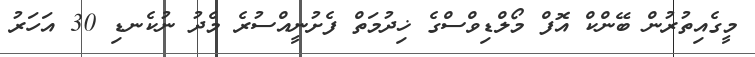
މީގެއިތުރުން ބޭންކް އޮފް މޯލްޑިވްސްގެ ޚިދުމަތް ފެށުނީއްސުރެ މެދު ނުކެނޑި 30 އަހަރު